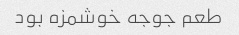
طعم جوجه خوشمزه بود